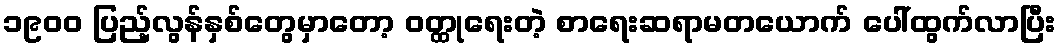
၁၉၀၀ ပြည့်လွန်နှစ်တွေမှာတော့ ဝတ္ထုရေးတဲ့ စာရေးဆရာမတယောက် ပေါ်ထွက်လာပြီး